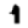
Digit: 1